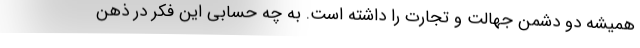
همیشه دو دشمن جهالت و تجارت را داشته است. به چه حسابی این فکر در ذهن